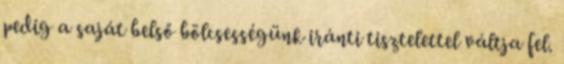
pedig a saját belső bölcsességünk iránti tisztelettel váltja fel.